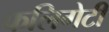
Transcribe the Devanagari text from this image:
फलिगेटी